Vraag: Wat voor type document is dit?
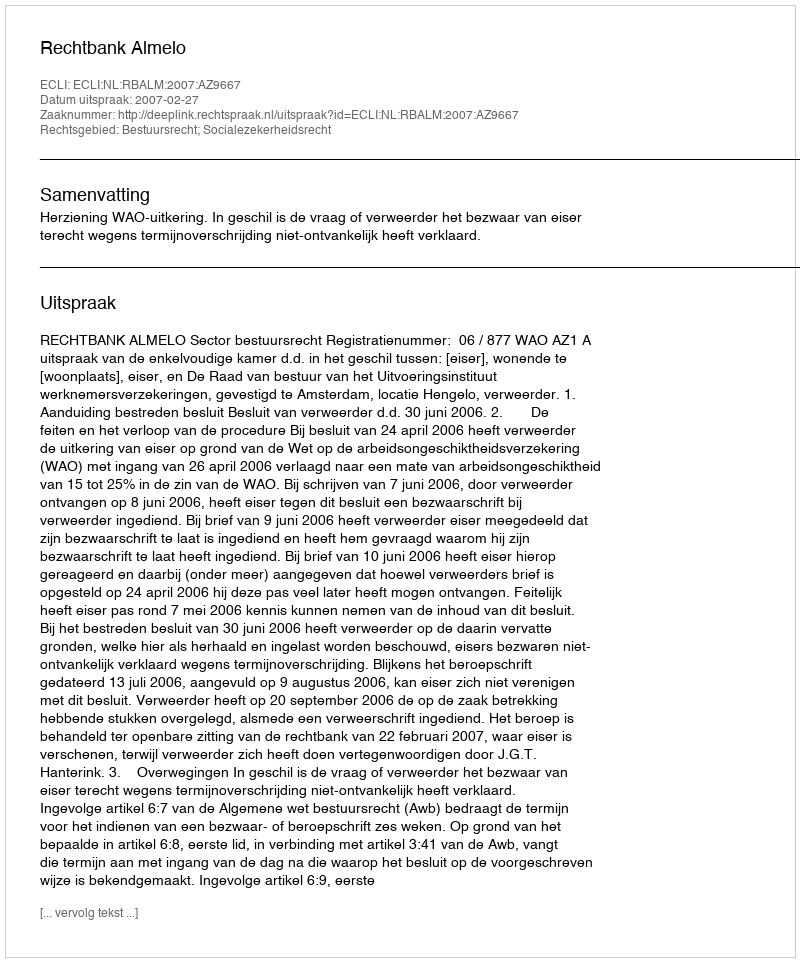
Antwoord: Uitspraak